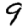
Digit: 9